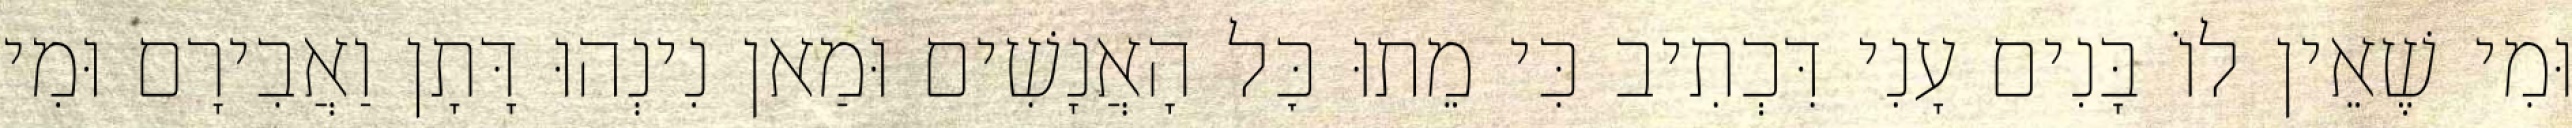
וּמִי שֶׁאֵין לוֹ בָּנִים עָנִי דִּכְתִיב כִּי מֵתוּ כׇּל הָאֲנָשִׁים וּמַאן נִינְהוּ דָּתָן וַאֲבִירָם וּמִי